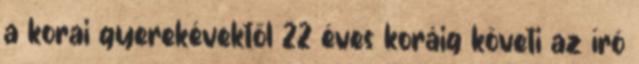
a korai gyerekévektől 22 éves koráig követi az író